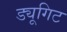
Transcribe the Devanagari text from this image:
ड्यूगिट